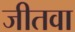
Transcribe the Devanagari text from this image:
जीतवा